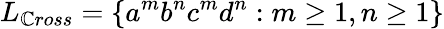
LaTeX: L_{\mathbb{C}ross}=\{ a^{m}b^{n}c^{m}d^{n}:m\geq1,n\geq1\}